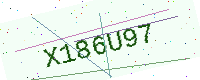
Text: X186U97